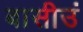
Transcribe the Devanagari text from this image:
बासीउं